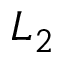
L _ { 2 }